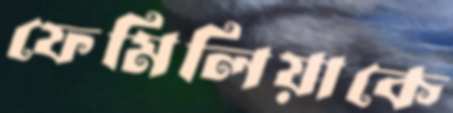
ফেমিলিয়াকে